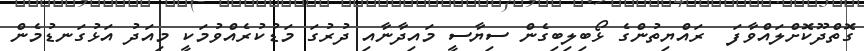
ގޮތްދޫކޮށްލައްވާފަ  ރައްޔިތުންގެ ޅޯބިލިބިގެން ސިޔާސީ މައިދާނާއި ދުރުގަ މަޑުކުރެއްވުމަކީ މިއަދު އަޅުގަނޑުމެން